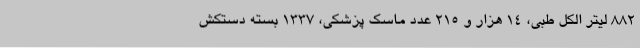
882 لیتر الکل طبی، 14 هزار و 215 عدد ماسک پزشکی، 1337 بسته دستکش